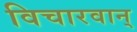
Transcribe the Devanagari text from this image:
विचारवान्